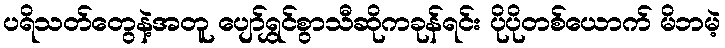
ပရိသတ်တွေနဲ့အတူ ပျော်ရွှင်စွာသီဆိုကခုန်ရင်း ပိုပိုတစ်ယောက် မိဘမဲ့